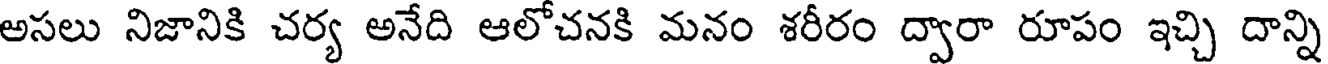
అసలు నిజానికి చర్య అనేది ఆలోచనకి మనం శరీరం ద్వారా రూపం ఇచ్చి దాన్ని